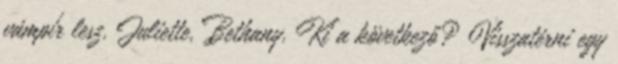
vámpír lesz. Juliette, Bethany. Ki a következő? Visszatérni egy